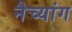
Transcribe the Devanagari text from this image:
नैच्यांग